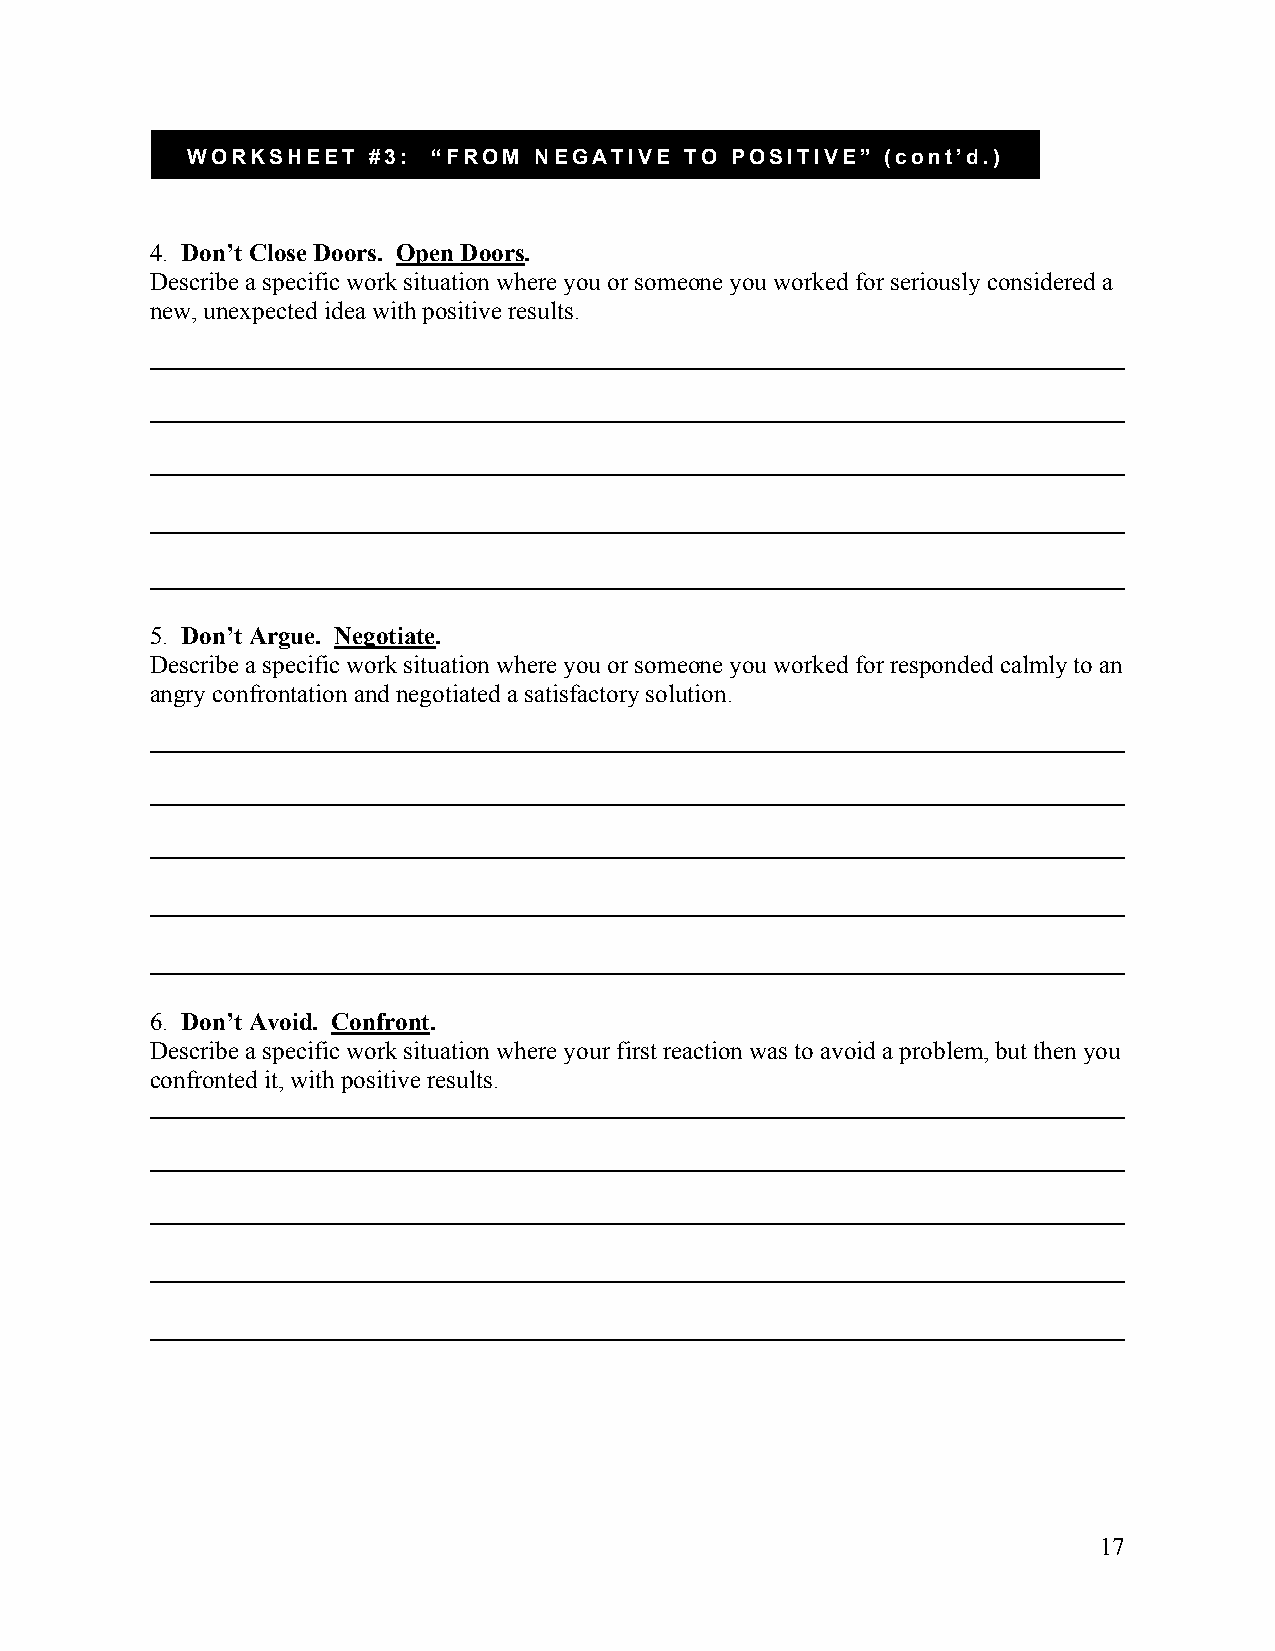
WORKSHEET   #3:  “FROM NEGATIVE  TO POSITIVE”  (cont’d.)
 4. Don’t Close Doors. Open Doors.
 Describe a specific work situation where you or someone you worked for seriously considered a
 new, unexpected idea with positive results.
 5. Don’t Argue. Negotiate.
 Describe a specific work situation where you or someone you worked for responded calmly to an
 angry confrontation and negotiated a satisfactory solution.
 6. Don’t Avoid. Confront.
 Describe a specific work situation where your first reaction was to avoid a problem, but then you
 confronted it, with positive results.
 17